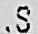
.S